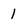
Character: 1